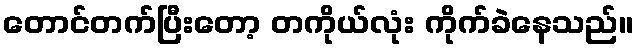
တောင်တက်ပြီးတော့ တကိုယ်လုံး ကိုက်ခဲနေသည်။